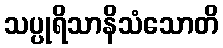
သပ္ပုရိသာနိသံသောတိ